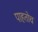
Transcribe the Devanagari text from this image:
पाहतोच